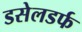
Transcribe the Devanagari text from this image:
डसेलडर्फ